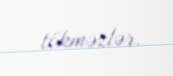
tökməzlər.